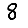
Digit: 8